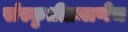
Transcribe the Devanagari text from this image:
संस्कृतीप्रमाणेच